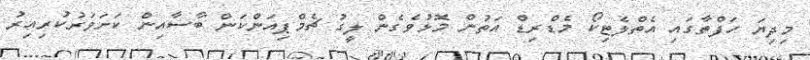
މިދިޔަ ހަފްތާގައި އެތްލެޓިކޯ މެޑްރިޑް އަތުން މޮޅުވެގެން ލީގު ޗެމްޕިއަންކަން ބާސާއިން ކަށަވަރުކުރިއިރު